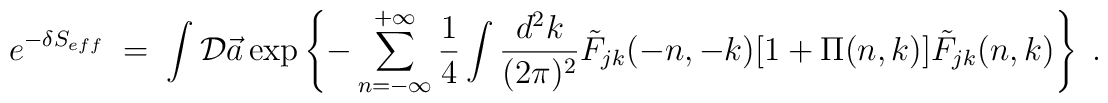
e^{-\delta S_{eff}}\;=\; \int {\cal D}\vec a \exp\left\{-\sum_{n=-\infty}^{+\infty}\frac{1}{4} \int \frac{d^2k}{(2\pi)^2} {\tilde F}_{jk}(-n,-k)[1+\Pi (n,k)]{\tilde F}_{jk}(n,k) \right\} \;.